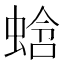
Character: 𬠑